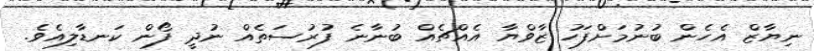
ނިޔާޒް އެހެން ބުނުމަށްފަހު ޒާވްޔާ އެއްޗެއް ބުނާނެ ފުރުސަތެއް ނުދީ ފޯން ކަނޑާލިއެވެ.